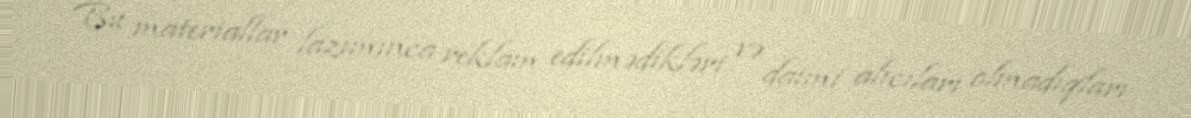
Bu materiallar lazımınca reklam edilmədikləri və daimi alıcıları olmadıqları